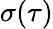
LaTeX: \sigma(\tau)